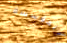
المؤسسة